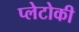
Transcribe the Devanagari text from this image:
प्लेटोकी